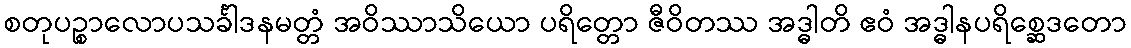
စတုပဉ္စာလောပသင်္ခါဒနမတ္တံ အဝိဿာသိယော ပရိတ္တော ဇီဝိတဿ အဒ္ဓါတိ ဧဝံ အဒ္ဓါနပရိစ္ဆေဒတော